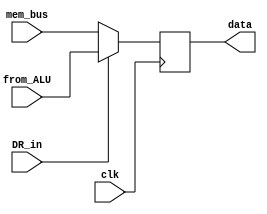
`timescale 1ns / 1ps
//////////////////////////////////////////////////////////////////////////////////
// Company: 
// Engineer: 
// 
// Design Name: 
// Module Name:    DR 
// Project Name: 
// Target Devices: 
// Tool versions: 
// Description: 
//
// Dependencies: 
//
// Revision: 
// Revision 0.01 - File Created
// Additional Comments: 
//
//////////////////////////////////////////////////////////////////////////////////
module DR(clk, DR_in, mem_bus, from_ALU, data
    );
 input clk, DR_in;
 input [7:0] mem_bus;
 input [7:0] from_ALU;
 output reg [7:0] data;
 
 always @ (negedge clk)
 if (DR_in)
 data <= from_ALU;
 else
 data <= mem_bus;


endmodule